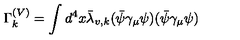
\Gamma _ { k } ^ { ( V ) } = \int d ^ { 4 } x \bar { \lambda } _ { v , k } ( \bar { \psi } \gamma _ { \mu } \psi ) ( \bar { \psi } \gamma _ { \mu } \psi )